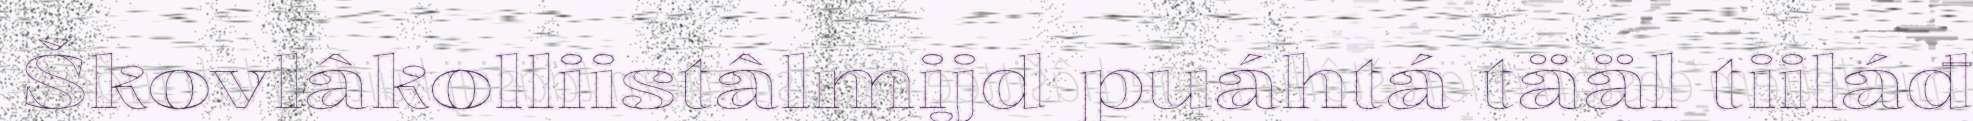
Škovlâkolliistâlmijd puáhtá tääl tiiláđ